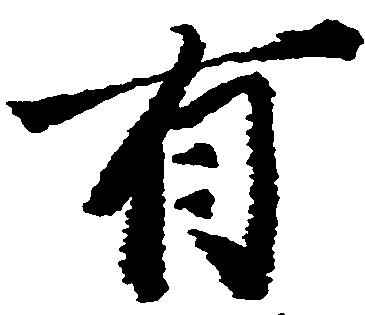
有